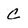
Character: C